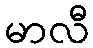
မာလီ